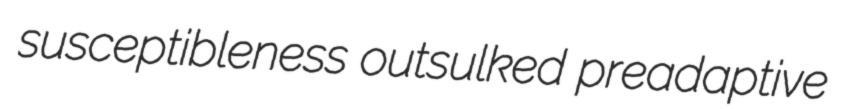
susceptibleness outsulked preadaptive